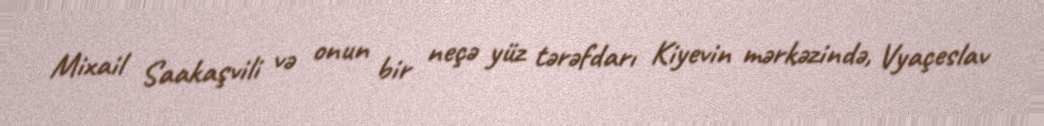
Mixail Saakaşvili və onun bir neçə yüz tərəfdarı Kiyevin mərkəzində, Vyaçeslav